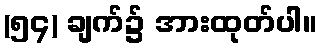
(၅၄) ချက်၌ အားထုတ်ပါ။